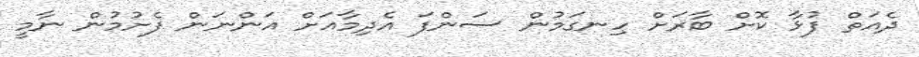
ދެއަތް ފުޅާ ކޮށް ބާރަށް ހިނގަމުން ސަންފަ އެދިމާއަށް އަންނަން ފެށުމުން ނާމީ